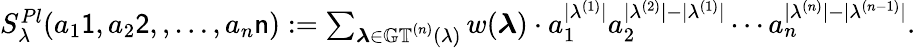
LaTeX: \begin{array}{r}{S_{\lambda}^{Pl}(a_{1}\mathsf{1},a_{2}\mathsf{2},,\ldots,a_{n}\mathsf{n}):=\sum_{\boldsymbol\lambda\in\mathbb{GT}^{(n)}(\lambda)}w(\boldsymbol\lambda)\cdot a_{1}^{|\lambda^{(1)}|}a_{2}^{|\lambda^{(2)}|-|\lambda^{(1)}|}\cdots a_{n}^{|\lambda^{(n)}|-|\lambda^{(n-1)}|}.}\end{array}